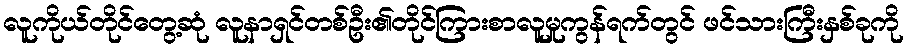
လူကိုယ်တိုင်တွေ့ဆုံ လူနာရှင်တစ်ဦး၏တိုင်ကြားစာလူမှုကွန်ရက်တွင် ဖင်သားကြီးနှစ်ခုကို